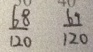
\frac { 6 8 } { 1 2 0 } \frac { 6 9 } { 1 2 0 }